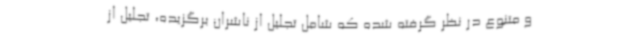
و متنوع در نظر گرفته شده که شامل تجلیل از ناشران برگزیده، تجلیل از